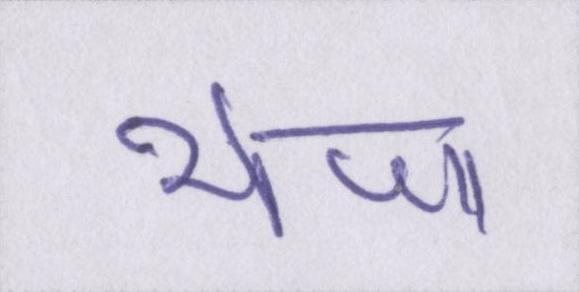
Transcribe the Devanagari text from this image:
भेजा